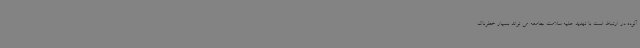
آلوده در ارتباط است با تهدید علیه سلامت جامعه می تواند بسیار خطرناک